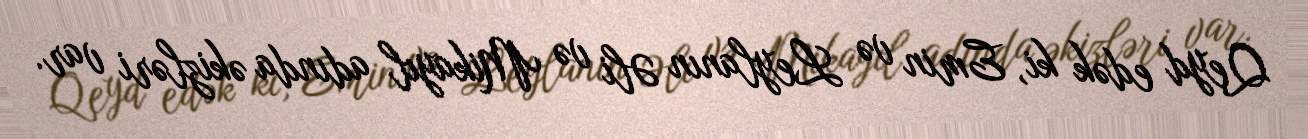
Qeyd edək ki, Emin və Leylanın Əli və Mikayıl adında əkizləri var.